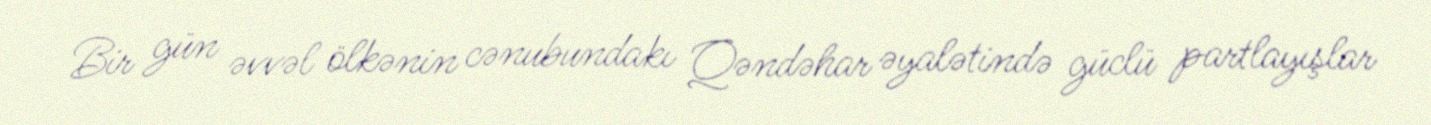
Bir gün əvvəl ölkənin cənubundakı Qəndəhar əyalətində güclü partlayışlar